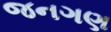
જનગણ